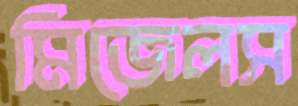
মিজেলস